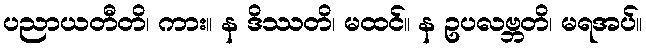
ပညာယတီတိ၊ ကား။ န ဒိဿတိ၊ မထင်။ န ဥပလဗ္ဘတိ၊ မရအပ်။